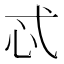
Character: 忒